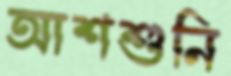
আশশুনি